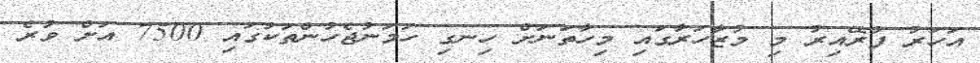
އަހަރު ފުރޭއިރު މި މުޒާހަރާގައި މިހާތަނަށް ހިނގި ހަމަނުޖެހުންތަކުގައި 7500 އަށް ވުރެ